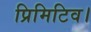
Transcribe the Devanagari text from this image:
प्रिमिटिव।